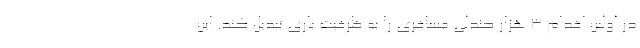
در اولین اقدام 3 هزار صندلی مسافری را به ظرفیت باری تبدیل کند. این